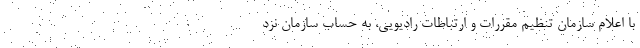
با اعلام سازمان تنظیم مقررات و ارتباطات رادیویی، به حساب سازمان نزد